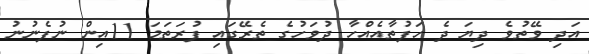
އަދި ވޭތުވެ ދިޔަ ދެ ހަފުތާއެއްހާ ދުވަހުގެ ތެރޭގައި ފުރަތަމަ 11އިން ނުފެނުނު